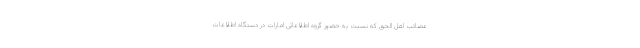
عصائب اهل الحق که نسبت به حضور گروه اطلاعاتی امارات در دستگاه اطلاعات